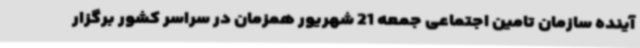
آینده سازمان تامین اجتماعی جمعه 21 شهریور همزمان در سراسر کشور برگزار